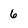
Character: 6